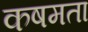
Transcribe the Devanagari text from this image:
कषमता